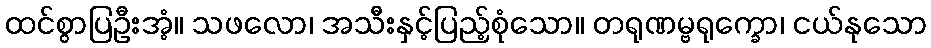
ထင်စွာပြဦးအံ့။ သဖလော၊ အသီးနှင့်ပြည့်စုံသော။ တရုဏမ္ဗရုက္ခော၊ ငယ်နုသော